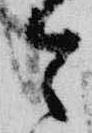
令